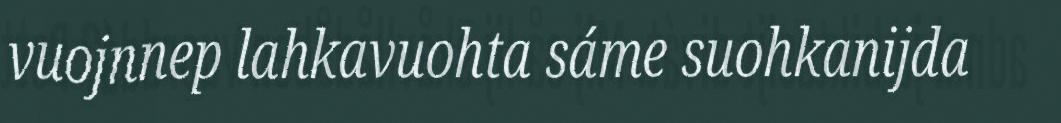
vuojnnep lahkavuohta sáme suohkanijda